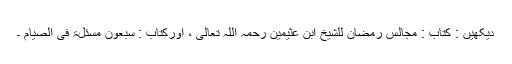
دیکھیں : کتاب : مجالس رمضان للشیخ ابن عثیمین رحمہ اللہ تعالی ، اورکتاب : سبعون مسئلۃ فی الصیام ۔